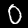
Digit: 0